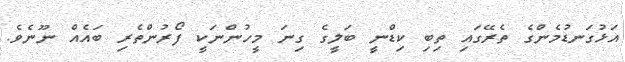
އަޅުގަނޑުމެންގެ ތެރޭގައި ތިބި ކިޑްނީ ބަލީގެ ގިނަ މީހުންނަކީ ފޯރުންތެރި ބައެއް ނޫނެވެ.